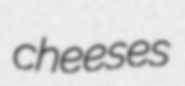
cheeses